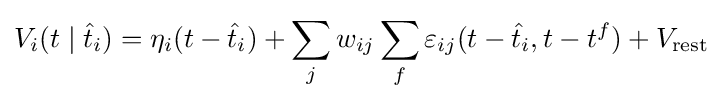
V_{i}(t\mid {\hat {t}}_{i})=\eta _{i}(t-{\hat {t}}_{i})+\sum _{j}w_{ij}\sum _{f}\varepsilon _{ij}(t-{\hat {t}}_{i},t-t^{f})+V_{\mathrm {rest} }